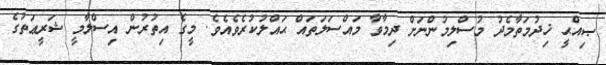
ޞިއްޙީ ޚިދުމަތާމެދު މުސްލިމުންނަށް ދިމާވާ މައްސަލަތައް ޙައްލުކުރެވެއެވެ. މީގެ އިތުރުން އިސްލާމީ ޝަރީޢަތުގެ